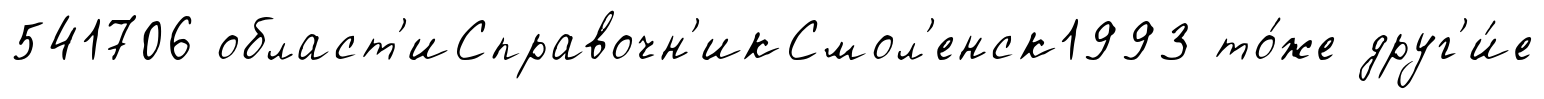
541706 област'иСправочн'икСмол'енск1993 то́же друг'и́е